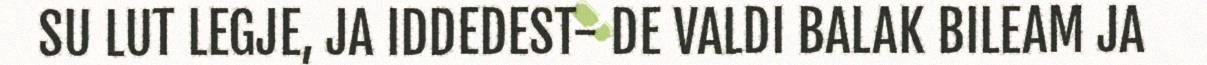
SU LUT LEGJE, JA IDDEDEST- DE VALDI BALAK BILEAM JA